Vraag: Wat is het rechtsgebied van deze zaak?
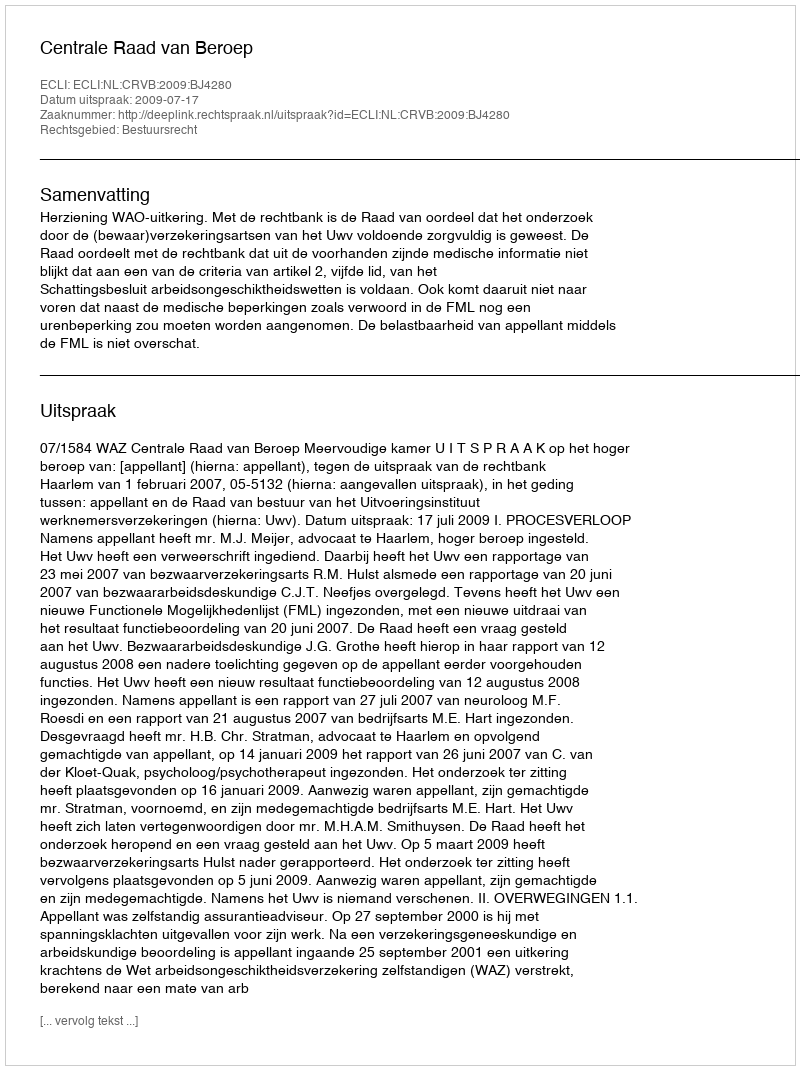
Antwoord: Bestuursrecht